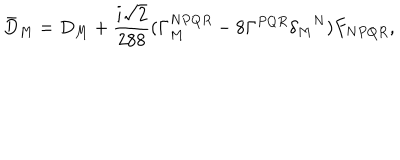
{ \bar { D } } _ { M } = D _ { M } + \frac { i \sqrt { 2 } } { 2 8 8 } ( \Gamma _ { M } ^ { N P Q R } - 8 \Gamma ^ { P Q R } { \delta _ { M } } ^ { N } ) F _ { N P Q R } ,